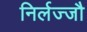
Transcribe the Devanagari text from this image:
निर्लज्जौ